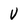
Character: V